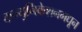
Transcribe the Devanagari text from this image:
कम्युनिकेशनमधून